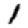
Digit: 1